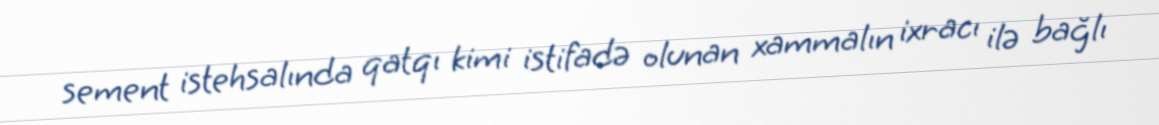
sement istehsalında qatqı kimi istifadə olunan xammalın ixracı ilə bağlı